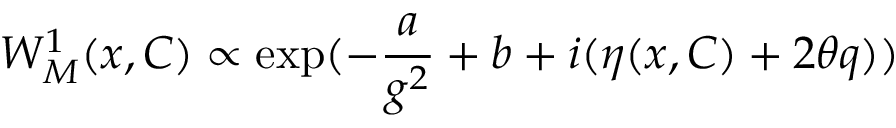
W _ { M } ^ { 1 } ( x , C ) \propto \exp ( - \frac { a } { g ^ { 2 } } + b + i ( \eta ( x , C ) + 2 \theta q ) )